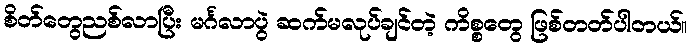
စိတ်တွေညစ်လာပြီး မင်္ဂလာပွဲ ဆက်မလုပ်ချင်တဲ့ ကိစ္စတွေ ဖြစ်တတ်ပါတယ်။